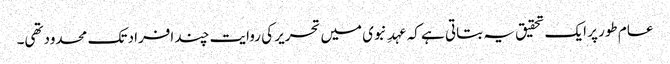
عام طور پر ایک تحقیق یہ بتاتی ہے کہ عہدِ نبوی میں تحریر کی روایت چند افراد تک محدودتھی۔